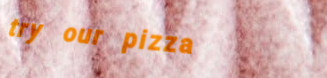
try our pizza